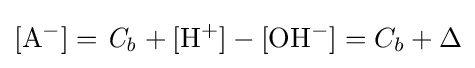
\mathrm {[A^{-}]={\mathit {C_{b}}}+[H^{+}]-[OH^{-}]} =C_{b}+\Delta